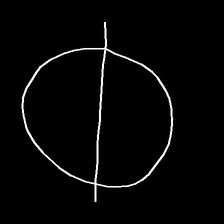
Glyph: orb